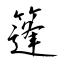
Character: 篷